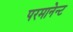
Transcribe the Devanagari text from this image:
परमानेन्ट